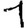
Digit: 1